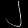
Digit: ၂